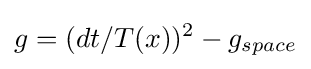
g=(dt/T(x))^{2}-g_{space}